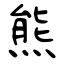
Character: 熊